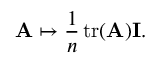
\mathbf { A } \mapsto { \frac { 1 } { n } } \operatorname { t r } ( \mathbf { A } ) \mathbf { I } .